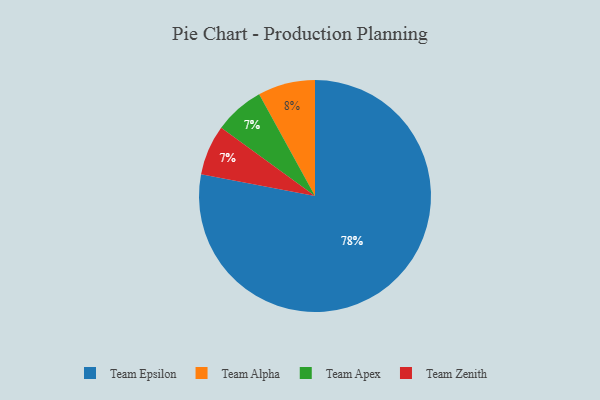
{"axis": {"x": "Category", "y": "Percentage"}, "legend": ["Team Alpha", "Team Apex", "Team Epsilon", "Team Zenith"], "data": [{"x": "Team Apex", "y": 7, "type": "Team Apex"}, {"x": "Team Epsilon", "y": 78, "type": "Team Epsilon"}, {"x": "Team Alpha", "y": 8, "type": "Team Alpha"}, {"x": "Team Zenith", "y": 7, "type": "Team Zenith"}]}